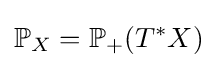
\mathbb {P} _{X}=\mathbb {P} _{+}(T^{*}X)